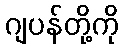
ဂျပန်တို့ကို